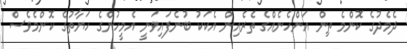
ދެމެދުގެ ކޮންމެ ތިން އަންހެނެއްގެ ތެރެއިން އެކަކު ބުނެފައިވަނީ އެމީހުންގެ ހަޔާތުގެ ކޮންމެވެސް